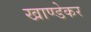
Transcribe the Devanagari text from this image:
खाण्डेकर